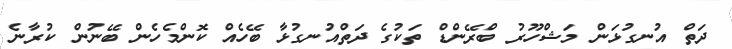
ދަތް އުނގުޅަން މަޝްހޫރު ބްރޭންޑް ތަކުގެ ދަތްއުނގުޅާ ބޭހެއް ކޮންމެހެން ބޭނުން ކުރާނެ